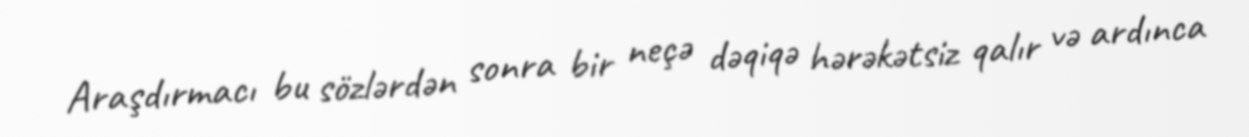
Araşdırmacı bu sözlərdən sonra bir neçə dəqiqə hərəkətsiz qalır və ardınca